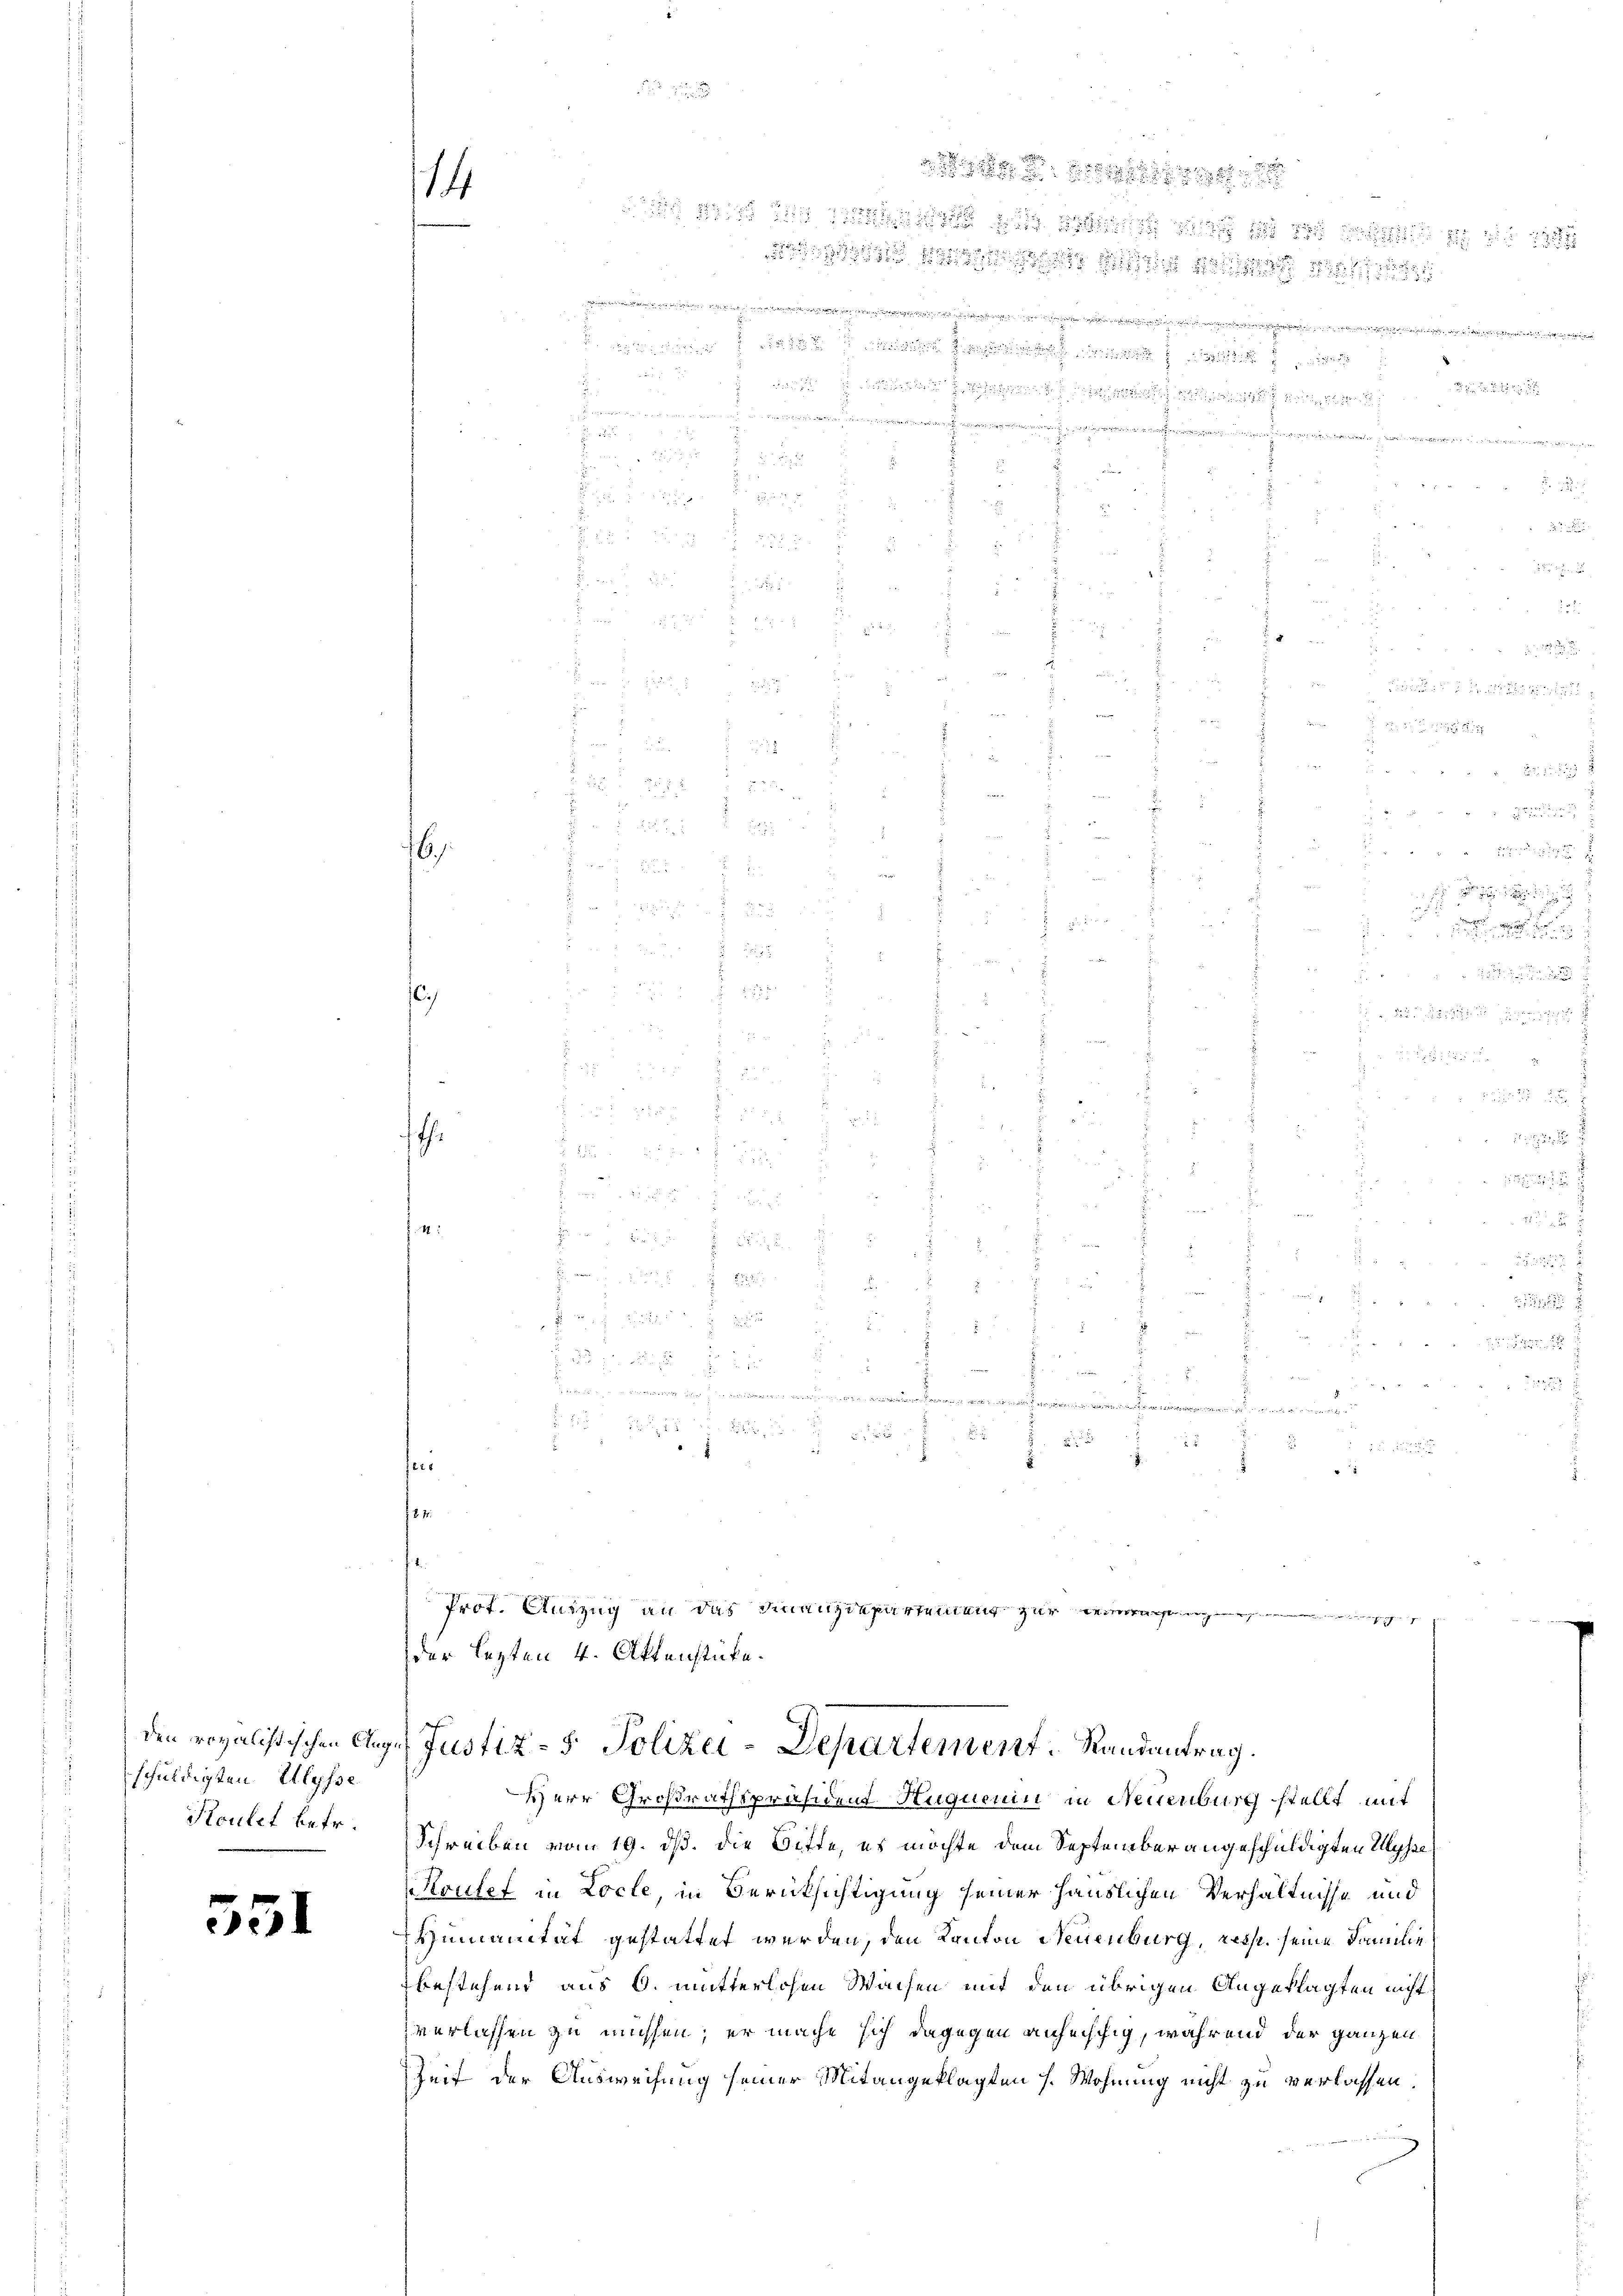
schuldigten Ulysse
Koulet betr.

551

16

th.

fer

14

ich die die

e
 der einen an die
x

........................ den . . . . . .

.

.
e
u
z
 i. Si
E
.
¬
e
i
1

12 x

.

Herr Großrathspräsident Huguenin in Neuenburg stellt mit
Schreiben vom 19. dß. die Bitte, es möchte dem September angeschuldigten Syste
Koutet in Locte, in Berücksichtigung seiner Häuslichen Verhältnisse und
Humanität gestattet werden, den Kanton Neuenburg, resp. seine Familie
bestehend aus 6. mutterlosen Waisen mit den übrigen Angeklagten nicht
verlassen zu müssen; er mache sich dagegen anfechtig, während der ganzen
Zeit der Ausweisung seiner Mitangeklagten s. Wohnung nicht zu verlassen.

18

1
u die fin für 2

.
.

d
.

.
Prot. Auszug an das Finanzdepartemens zur

.

der lezten 4. Attenstücke.
af
den regalistischen Auges Justiz- & Polizei-Departement. Randantrag.

.

f 0 x
u. 8.

e

2